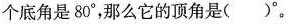
个底角是80°，那么它的顶角是（ ）°。